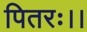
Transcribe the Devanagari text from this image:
पितरः।।